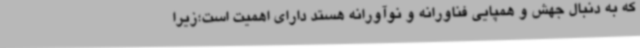
که به دنبال جهش و همپایی فناورانه و نوآورانه هستد دارای اهمیت است؛زیرا